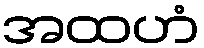
အထဟံ